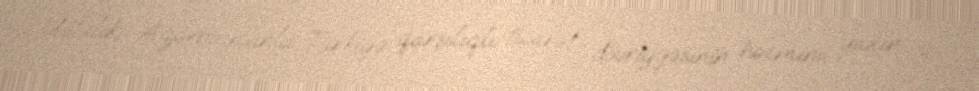
Üstəlik, Azərbaycanla Türkiyə qarşılıqlı ticarət dövriyyəsinin həcmini yaxın 3